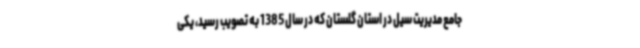
جامع مدیریت سیل در استان گلستان که در سال 1385 به تصویب رسید، یکی